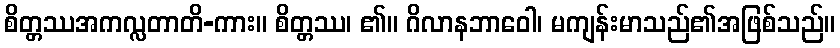
စိတ္တဿအကလ္လတာတိ-ကား။ စိတ္တဿ၊ ၏။ ဂိလာနဘာဝေါ၊ မကျန်းမာသည်၏အဖြစ်သည်။